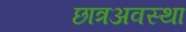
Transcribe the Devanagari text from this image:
छात्रअवस्था